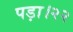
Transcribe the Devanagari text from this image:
पड़ा।२२